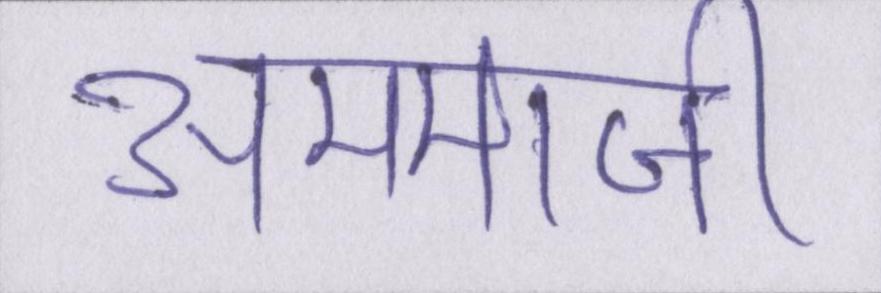
अम्माजी